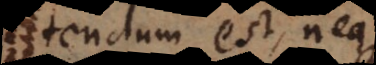
tendum est, neque